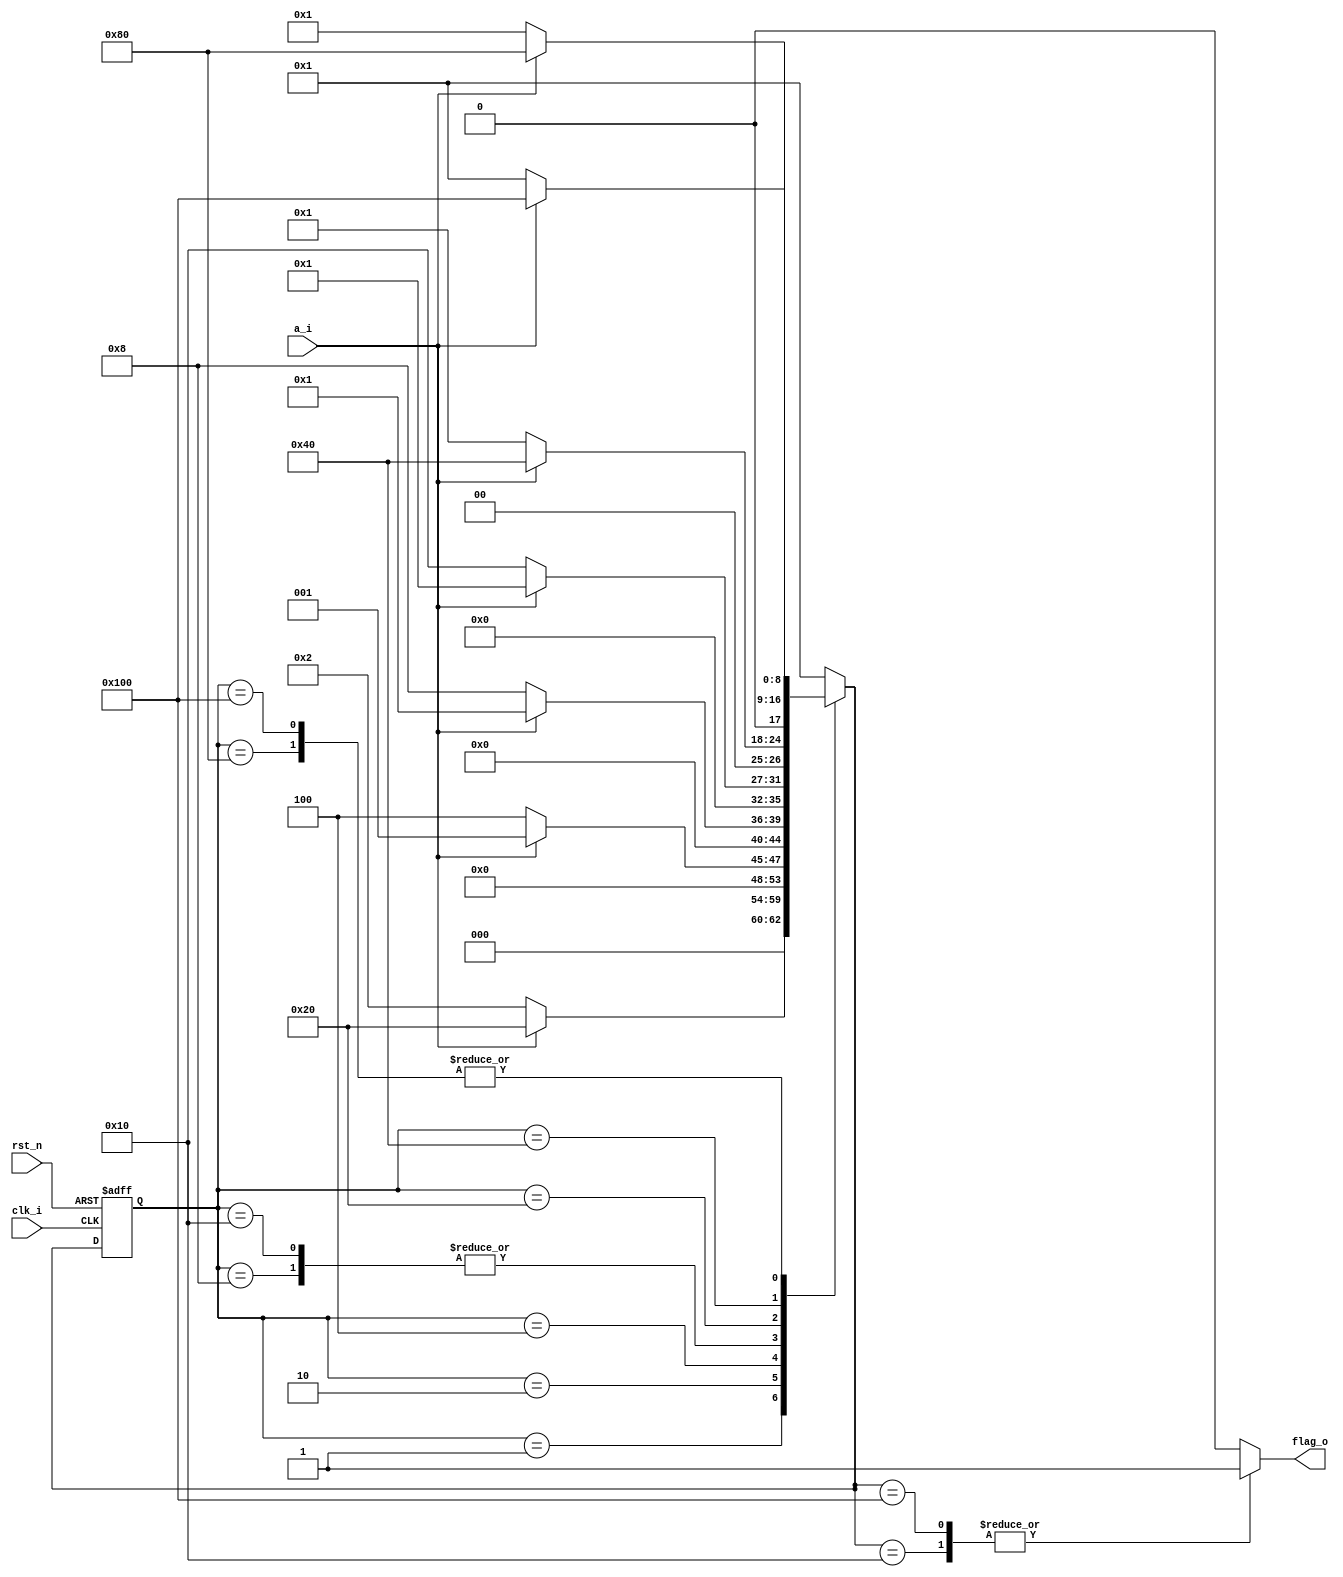
//***************************************************************
// Description: 
// Email: 
// Created Time: Sun 05 Mar 2023 03:31:00 PM CST
// Revision history:
//***************************************************************

module seq_detector(
    input clk_i,
    input rst_n,
    input a_i,
    output flag_o
);

    // one-hot or binary?
    localparam S0=9'b000000001;
    localparam S1=9'b000000010;
    localparam S2=9'b000000100;
    localparam S3=9'b000001000;
    localparam S4=9'b000010000;
    localparam S5=9'b000100000;
    localparam S6=9'b001000000;
    localparam S7=9'b010000000;
    localparam S8=9'b100000000;

    reg  [8:0]  state_next;
    reg  [8:0]  state_cur;
    reg         flag;

    always @* begin
        case(state_cur)
            S0: state_next = (a_i == 1'b1) ? S5 : S1;
            S1: state_next = (a_i == 1'b1) ? S0 : S2;
            S2: state_next = (a_i == 1'b1) ? S0 : S3;
            S3: state_next = (a_i == 1'b1) ? S0 : S4;
            S4: state_next = (a_i == 1'b1) ? S0 : S4;
            S5: state_next = (a_i == 1'b1) ? S6 : S0;
            S6: state_next = (a_i == 1'b1) ? S7 : S0;
            S7: state_next = (a_i == 1'b1) ? S8 : S0;
            S8: state_next = (a_i == 1'b1) ? S8 : S0;
            default: state_next = S0;
        endcase
    end

    always @(posedge clk_i, negedge rst_n) begin
        if(!rst_n) begin
            state_cur <= S0;
        end else begin
            state_cur <= state_next;
        end
    end

    always @* begin
        case(state_next)
            S4: flag = 1'b1;
            S8: flag = 1'b1;
            default: flag = 1'b0;
        endcase
    end

    assign flag_o = flag;

endmodule